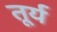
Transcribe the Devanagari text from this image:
तूर्य